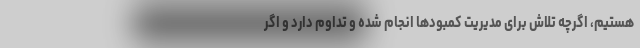
هستیم، اگرچه تلاش برای مدیریت کمبودها انجام شده و تداوم دارد و اگر